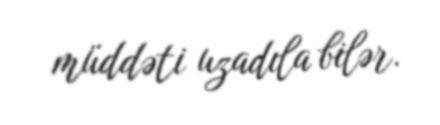
müddəti uzadıla bilər.